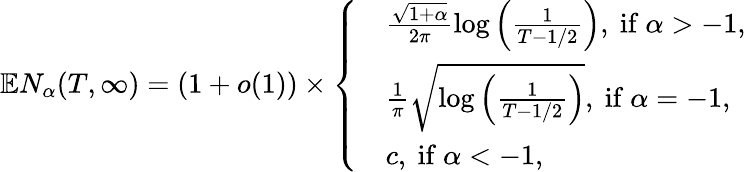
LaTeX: \mathbb{E}N_{\alpha}(T,\infty)=(1+o(1))\times\left\{ \begin{array}{ll}&{\frac{\sqrt{1+\alpha}}{2\pi}\log\left(\frac{1}{T-1/2}\right),\mathrm{~if~}\alpha>-1,}\\ &{\frac{1}{\pi}\sqrt{\log\left(\frac{1}{T-1/2}\right)},\mathrm{~if~}\alpha=-1,}\\ &{c,\mathrm{~if~}\alpha<-1,}\end{array}\right.